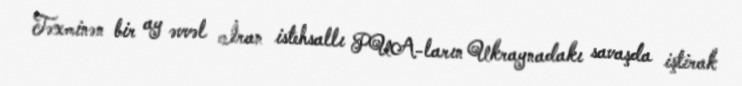
Təxminən bir ay əvvəl İran istehsallı PUA-ların Ukraynadakı savaşda iştirak